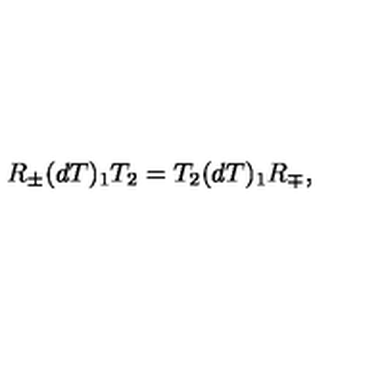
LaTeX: R _ { \pm } ( d T ) _ { 1 } T _ { 2 } = T _ { 2 } ( d T ) _ { 1 } R _ { \mp } ,